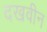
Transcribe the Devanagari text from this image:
दखवीन